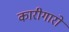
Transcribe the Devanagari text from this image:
कारीगारों